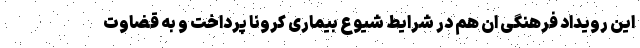
این رویداد فرهنگی ان هم در شرایط شیوع بیماری کرونا پرداخت و به قضاوت